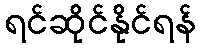
ရင်ဆိုင်နိုင်ရန်